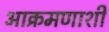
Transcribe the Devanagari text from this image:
आक्रमणाशी